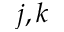
j , k